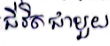
ជីវិតជាមួយ